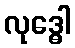
လုဒ္ဓေါ